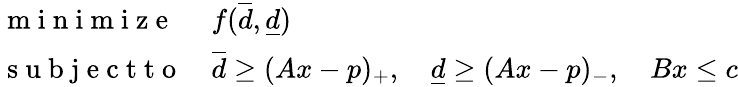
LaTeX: \begin{array}{ll}{\mathrm{~m~i~n~i~m~i~z~e~}}&{f(\overline{d},\underline{d})}\\ {\mathrm{~s~u~b~j~e~c~t~t~o~}}&{\overline{d}\geq(Ax-p)_{+},\quad\underline{d}\geq(Ax-p)_{-},\quad Bx\leq c}\end{array}